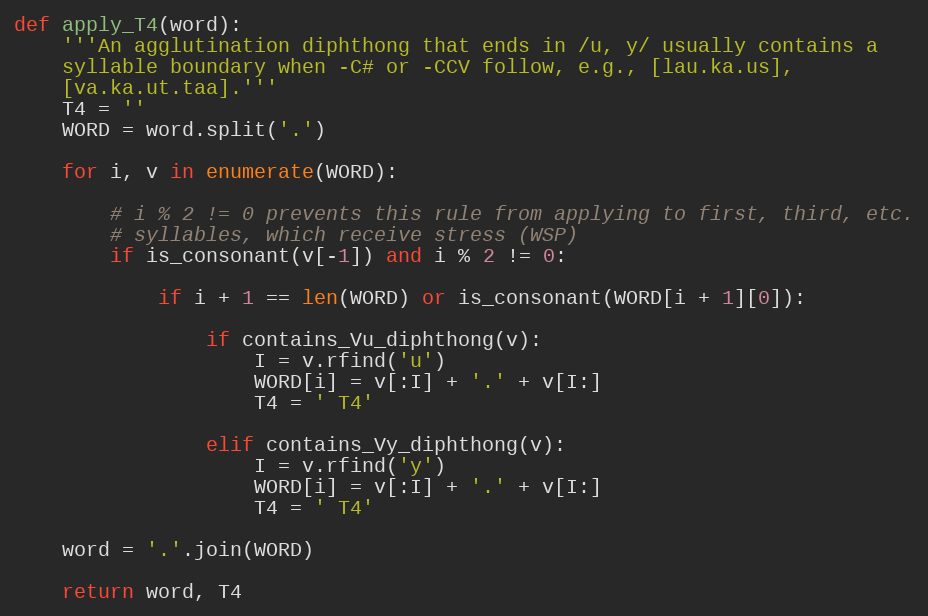
Language: Python
def apply_T4(word):
    '''An agglutination diphthong that ends in /u, y/ usually contains a
    syllable boundary when -C# or -CCV follow, e.g., [lau.ka.us],
    [va.ka.ut.taa].'''
    T4 = ''
    WORD = word.split('.')

    for i, v in enumerate(WORD):

        # i % 2 != 0 prevents this rule from applying to first, third, etc.
        # syllables, which receive stress (WSP)
        if is_consonant(v[-1]) and i % 2 != 0:

            if i + 1 == len(WORD) or is_consonant(WORD[i + 1][0]):

                if contains_Vu_diphthong(v):
                    I = v.rfind('u')
                    WORD[i] = v[:I] + '.' + v[I:]
                    T4 = ' T4'

                elif contains_Vy_diphthong(v):
                    I = v.rfind('y')
                    WORD[i] = v[:I] + '.' + v[I:]
                    T4 = ' T4'

    word = '.'.join(WORD)

    return word, T4